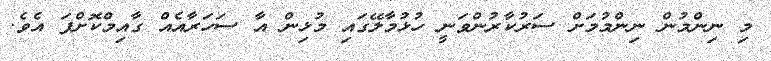
މި ނިންމުން ނިންމުމަށް ސަރުކާރުންވަނީ ހުޅުމާލޭގައި މުޅިން އާ ސަހަރާއެއް ގާއިމްކޮށްފަ އެވެ.